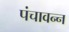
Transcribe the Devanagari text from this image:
पंचावन्‍न